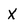
Character: X